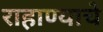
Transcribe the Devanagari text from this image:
राहाण्याचे